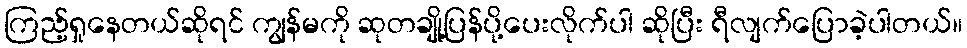
ကြည့်ရှုနေတယ်ဆိုရင် ကျွန်မကို ဆုတချို့ပြန်ပို့ပေးလိုက်ပါ ဆိုပြီး ရီလျက်ပြောခဲ့ပါတယ်။